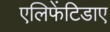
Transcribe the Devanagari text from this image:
एलिफेंटिडाए